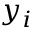
y _ { i }